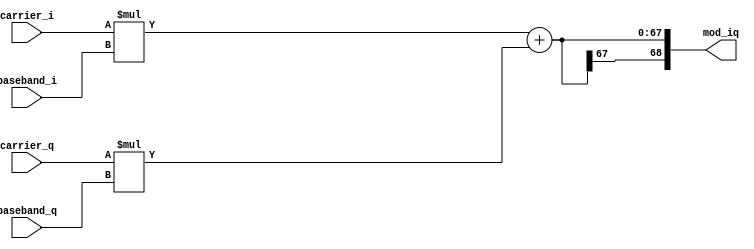
module IQ_mod (
    input  [31:0] carrier_i,
    input  [31:0] carrier_q,
    input  [34:0] baseband_i,
    input  [34:0] baseband_q,
    output [68:0] mod_iq
);

assign mod_iq = $signed(carrier_i) * $signed(baseband_i) + $signed(carrier_q) * $signed(baseband_q);

endmodule